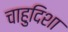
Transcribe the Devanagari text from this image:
चाहुदिशा